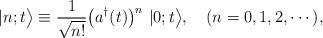
LaTeX: \begin{align*}|n;t\bigr> \equiv \frac{1}{\sqrt{n!}}\bigl(a^{\dagger}(t)\bigr)^{n}~|0;t\bigr>,~~~(n=0,1,2,\cdots),\end{align*}